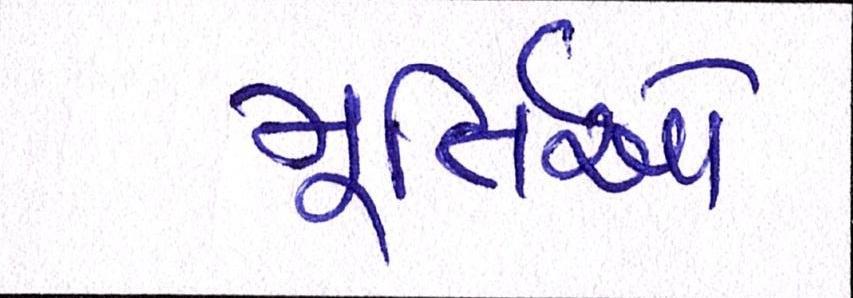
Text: મૂર્તિઓ